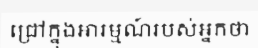
ជ្រៅក្នុងអារម្មណ៍របស់អ្នកថា